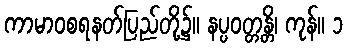
ကာမာဝစရနတ်ပြည်တို့၌။ နပ္ပဝတ္တန္တိ၊ ကုန်။ ၁